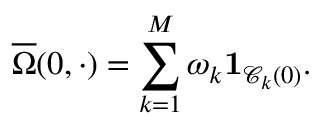
\overline { { \Omega } } ( 0 , \cdot ) = \sum _ { k = 1 } ^ { M } \omega _ { k } \mathbf { 1 } _ { \mathscr { C } _ { k } ( 0 ) } .